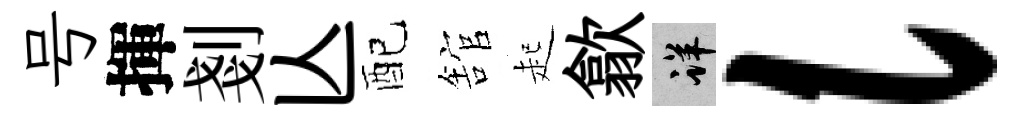
号揮剗亾配舘起歙详l